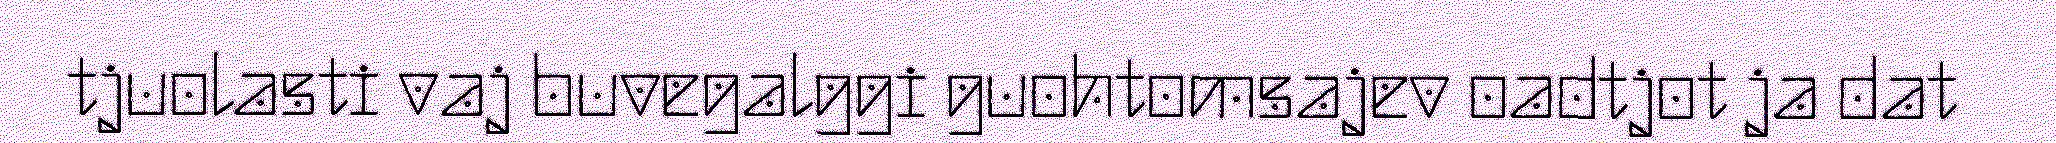
tjuolasti vaj buvegalggi guohtomsajev oadtjot ja dat